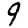
Digit: 9